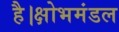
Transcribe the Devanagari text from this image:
है।क्षोभमंडल